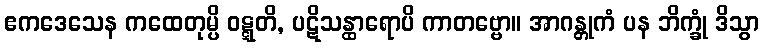
ဧကဒေသေန ကထေတုမ္ပိ ဝဋ္ဋတိ, ပဋိသန္ထာရောပိ ကာတဗ္ဗော။ အာဂန္တုကံ ပန ဘိက္ခုံ ဒိသွာ